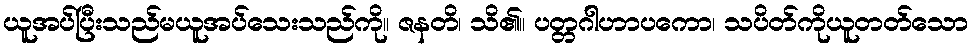
ယူအပ်ပြီးသည်မယူအပ်သေးသည်ကို။ ဇနတိ၊ သိ၏။ ပတ္တဂါဟာပကော၊ သပိတ်ကိုယူတတ်သော